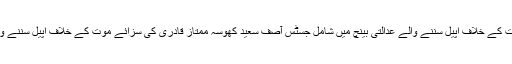
آسیہ بی بی کی سزائے موت کے خلاف اپیل سننے والے عدالتی بینچ میں شامل جسٹس آصف سعید کھوسہ ممتاز قادری کی سزائے موت کے خلاف اپیل سننے والے بینچ کے سربراہ تھے۔